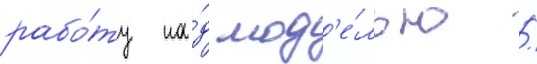
рабо́ту на́д мод'е́лью /